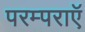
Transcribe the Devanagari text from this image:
परम्पराएॅ